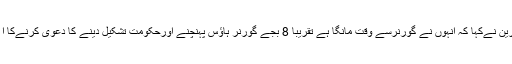
ہیمنت سورین نےکہا کہ انہوں نے گورنرسے وقت مانگا ہے تقریباً 8 بجے گورنر ہاﺅس پہنچنے اورحکومت تشکیل دینے کا دعوی کرنےکا ا مکان ہے۔